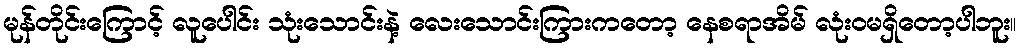
မုန်တိုင်းကြောင့် လူပေါင်း သုံးသောင်းနဲ့ လေးသောင်းကြားကတော့ နေစရာအိမ် လုံးဝမရှိတော့ပါဘူး။